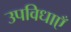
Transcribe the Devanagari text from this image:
उपविधाएँ